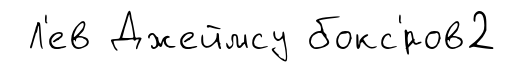
Л'ев Джеймсу бокс'́ров2